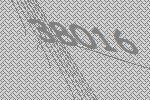
38016